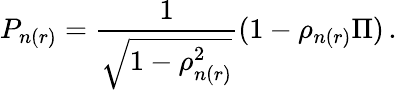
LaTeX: P_{n(r)}=\frac{1}{\sqrt{1-\rho_{n(r)}^{2}}}(1-\rho_{n(r)}\Pi)\, .